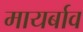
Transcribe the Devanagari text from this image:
मायर्बाव